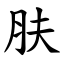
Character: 肤